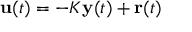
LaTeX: \mathbf { u } ( t ) = - K \mathbf { y } ( t ) + \mathbf { r } ( t )